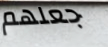
جعلهم